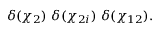
\delta ( \chi _ { 2 } ) \ \delta ( \chi _ { 2 i } ) \ \delta ( \chi _ { 1 2 } ) .